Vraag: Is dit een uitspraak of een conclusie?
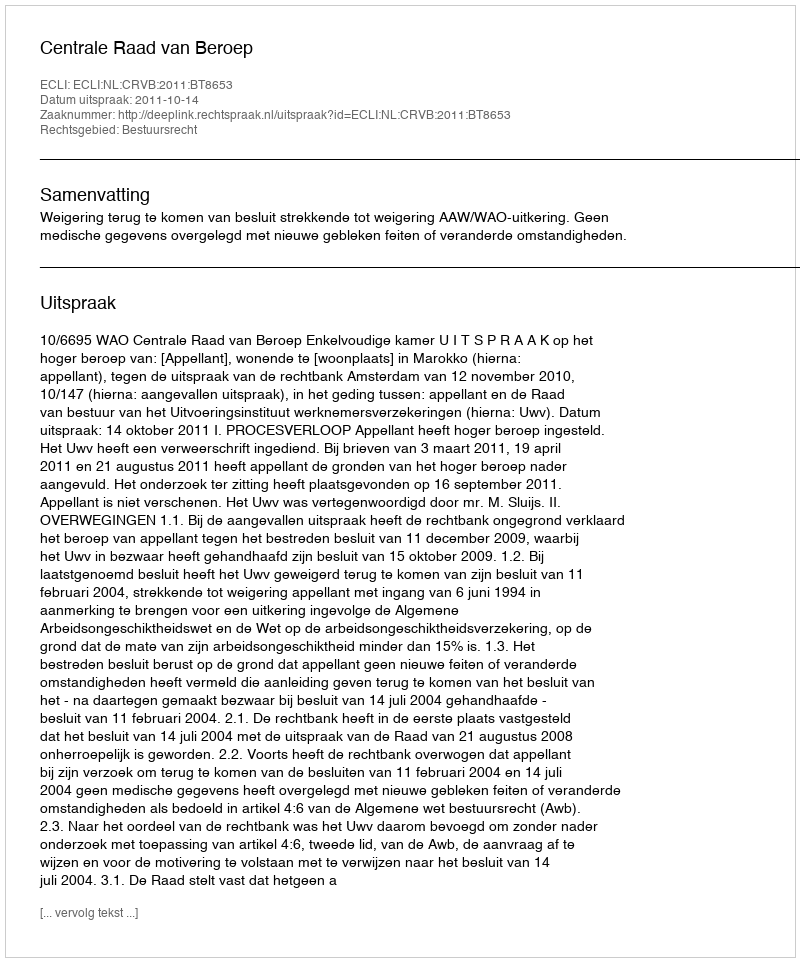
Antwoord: Uitspraak